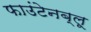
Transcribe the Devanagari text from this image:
फाउंटेनब्‍लू